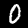
Digit: 0